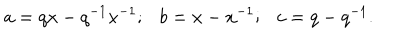
a = q x - q ^ { - 1 } x ^ { - 1 } ; \ \ \ b = x - x ^ { - 1 } ; \ \ \ c = q - q ^ { - 1 } .